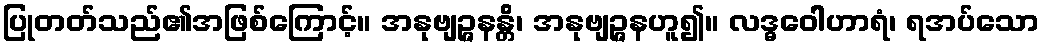
ပြုတတ်သည်၏အဖြစ်ကြောင့်။ အနုဗျဉ္ဇနန္တိ၊ အနုဗျဉ္ဇနဟူ၍။ လဒ္ဓဝေါဟာရံ၊ ရအပ်သော